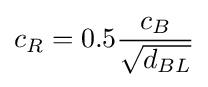
c_{R}=0.5{\frac {c_{B}}{\sqrt {d_{BL}}}}